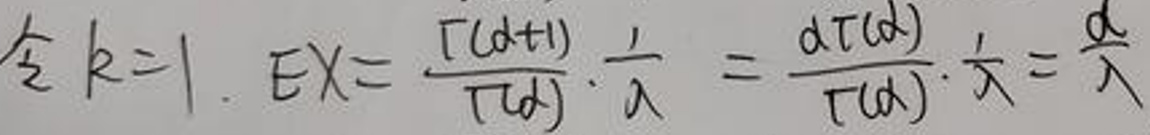
令 \(k = 1\). \(EX=\frac{\Gamma(\alpha + 1)}{\Gamma(\alpha)}\cdot\frac{1}{\lambda}=\frac{\alpha\Gamma(\alpha)}{\Gamma(\alpha)}\cdot\frac{1}{\lambda}=\frac{\alpha}{\lambda}\)